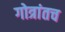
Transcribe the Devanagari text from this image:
गोत्रांतच